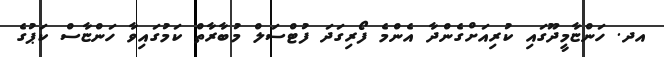
އދ. ހަންޏާމީދޫގައި ކުރިއަށްގެންދާ އެންމެ ފޯރިގަދަ ފުޓްސަލް މުބާރާތް ކަމުގައިވާ ހަންޏާސް ކަޕުގެ